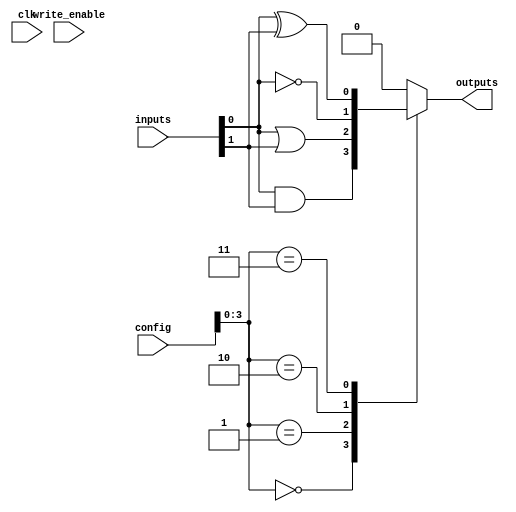
module combinational_logic_block #(
    parameter NUM_INPUTS = 4, // Number of inputs
    parameter NUM_OUTPUTS = 1, // Number of outputs
    parameter SRAM_SIZE = 16   // Size of SRAM for configuration
)(
    input wire [NUM_INPUTS-1:0] inputs, // Input signals
    input wire [SRAM_SIZE-1:0] config,   // Configuration bits from SRAM
    input wire clk,                      // Clock signal
    input wire write_enable,             // Write enable for SRAM
    output reg [NUM_OUTPUTS-1:0] outputs // Output signals
);

    // SRAM array to hold configuration bits
    reg [SRAM_SIZE-1:0] sram [0:NUM_OUTPUTS-1];

    // Internal signals for logic operations
    wire [NUM_INPUTS-1:0] logic_out;

    // Logic gate implementation based on configuration
    genvar i;
    generate
        for (i = 0; i < NUM_OUTPUTS; i = i + 1) begin : logic_gates
            always @(*) begin
                case (config[i*4 +: 4]) // Assuming 4 bits per output configuration
                    4'b0000: logic_out[i] = inputs[0] & inputs[1]; // AND
                    4'b0001: logic_out[i] = inputs[0] | inputs[1]; // OR
                    4'b0010: logic_out[i] = ~inputs[0];             // NOT
                    4'b0011: logic_out[i] = inputs[0] ^ inputs[1]; // XOR
                    // Add more configurations as needed
                    default: logic_out[i] = 1'b0; // Default case
                endcase
            end
        end
    endgenerate

    // Output assignment
    always @(*) begin
        outputs = logic_out;
    end

    // SRAM write operation
    always @(posedge clk) begin
        if (write_enable) begin
            sram[0] <= config; // Write configuration to SRAM
        end
    end

endmodule